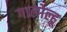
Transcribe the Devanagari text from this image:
गालोल्हू